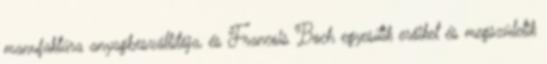
manufaktúra anyagbeszállítója, és Francois Boch egyesítik erőiket és megszületik